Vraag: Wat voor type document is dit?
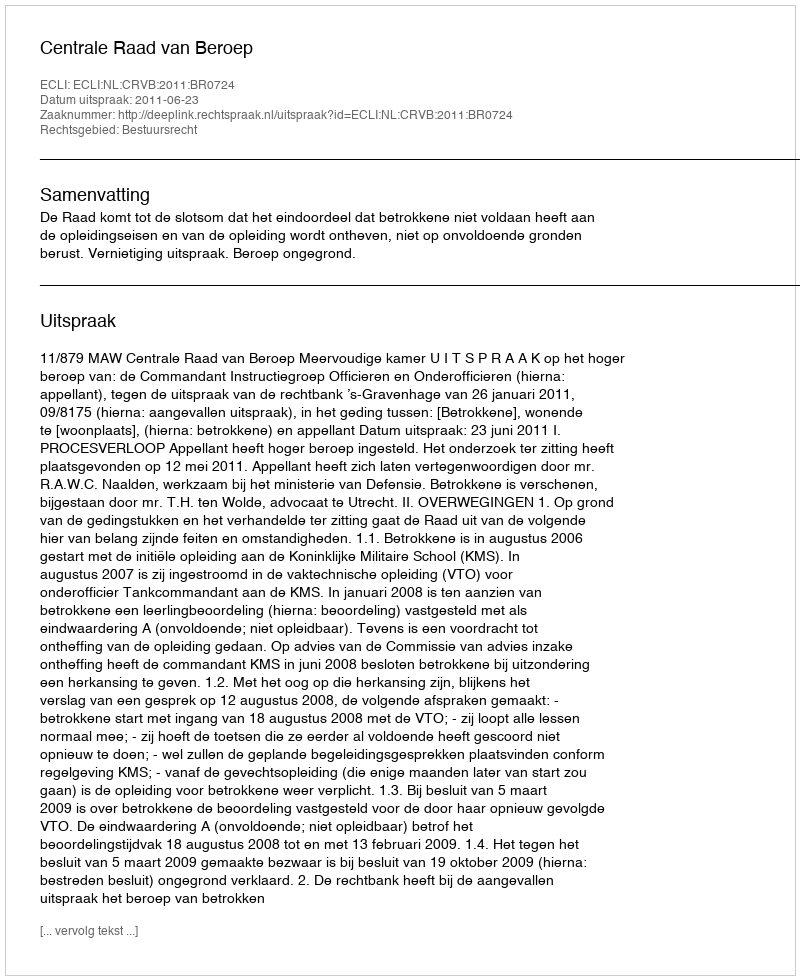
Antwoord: Uitspraak